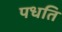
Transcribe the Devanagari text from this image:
पधति